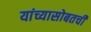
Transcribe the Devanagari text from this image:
यांच्यासोबतची